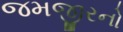
જમજીરનો